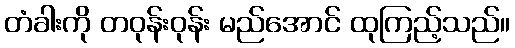
တံခါးကို တဝုန်းဝုန်း မည်အောင် ထုကြည့်သည်။